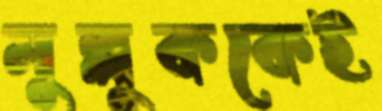
মুল্লুককেই